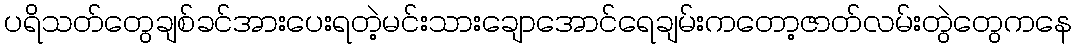
ပရိသတ်တွေချစ်ခင်အားပေးရတဲ့မင်းသားချောအောင်ရေချမ်းကတော့ဇာတ်လမ်းတွဲတွေကနေ